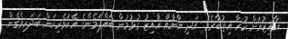
އާއިޒުއަށް ކުރާ އިތުބާރެވެ. އަދި ޔާނާއާ އާއިޒު ގުޅުމުން ބައްޕަމެންގެ އެކުވެރިކަން ބަދަހިވެގެން